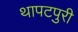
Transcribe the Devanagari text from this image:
थापटपुरी